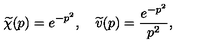
\widetilde { \chi } ( p ) = e ^ { - p ^ { 2 } } , \quad \widetilde { v } ( p ) = \frac { e ^ { - p ^ { 2 } } } { p ^ { 2 } } ,